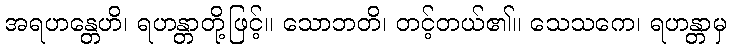
အရဟန္တေဟိ၊ ရဟန္တာတို့ဖြင့်။ သောဘတိ၊ တင့်တယ်၏။ သေသကေ၊ ရဟန္တာမှ